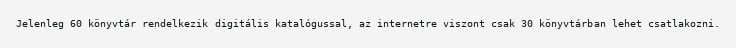
Jelenleg 60 könyvtár rendelkezik digitális katalógussal, az internetre viszont csak 30 könyvtárban lehet csatlakozni.